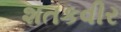
શતકવીર